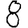
Digit: 8